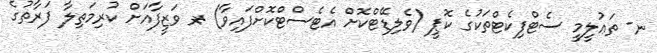
ނ- ތަޢުލީމީ ސެޓްފިކެޓްތަކުގެ ކޮޕީ (ވެލިޑޭޓްކޮށް އެޓެސްޓްކޮށްފައިވާ) ރ- ވަޒީފާއަށް ކުރިމަތިލާ ފަރާތުގެ